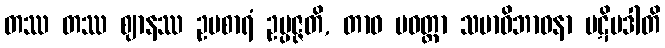
တဿ တဿ ဈာနဿ ဥပစာရံ ဥပ္ပဇ္ဇတိ, တာဝ ပဝတ္တာ သမာဓိဘာဝနာ ပဋိပဒါတိ